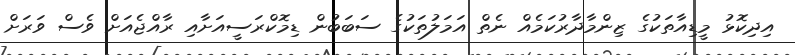
އިދިކޮޅު މީޑިއާތަކުގެ ޒިންމާދާރުކަމެއް ނެތް އަމަލުތަކުގެ ސަބަބުން ޑިމޮކްރަސީއަށާއި ރާއްޖެއަށް ވެސް ވަރަށް